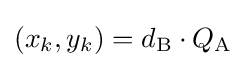
(x_{k},y_{k})=d_{\text{B}}\cdot Q_{\text{A}}